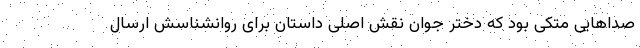
صداهایی متکی بود که دختر جوان نقش اصلی داستان برای روانشناسش ارسال